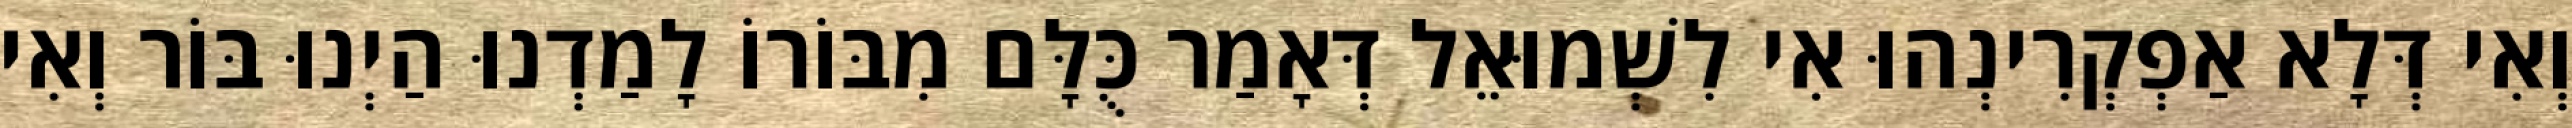
וְאִי דְּלָא אַפְקְרִינְהוּ אִי לִשְׁמוּאֵל דְּאָמַר כֻּלָּם מִבּוֹרוֹ לָמַדְנוּ הַיְנוּ בּוֹר וְאִי